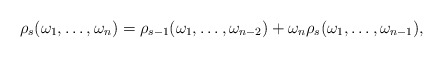
\begin{align*}\rho_s(\omega_1,\ldots,\omega_n)=\rho_{s-1}(\omega_1,\ldots,\omega_{n-2})+\omega_n\rho_s(\omega_1,\ldots,\omega_{n-1}),\end{align*}